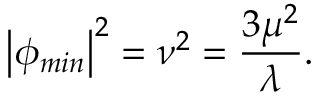
\left| \phi _ { m i n } \right| ^ { 2 } = \nu ^ { 2 } = \frac { 3 \mu ^ { 2 } } { \lambda } .